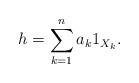
LaTeX: \begin{align*}h = \sum^n_{k=1} a_k 1_{X_k}.\end{align*}